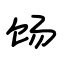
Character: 饧